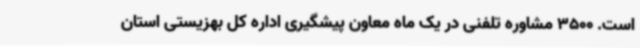
است. 3500 مشاوره تلفنی در یک ماه معاون پیشگیری اداره کل بهزیستی استان